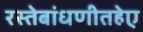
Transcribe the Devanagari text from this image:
रस्तेबांधणीतहेए